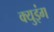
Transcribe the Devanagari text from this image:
क्युइंग